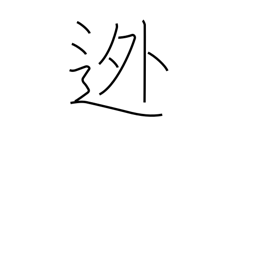
Meaning: abscond